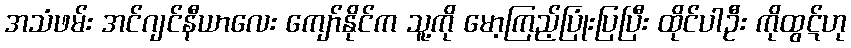
အသံဖမ်း အင်ဂျင်နီယာလေး ကျော်နိုင်က သူ့ကို မော့ကြည့်ပြုံးပြပြီး ထိုင်ပါဦး ကိုထွဋ်ဟု